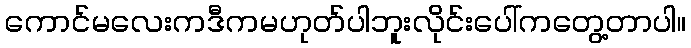
ကောင်မလေးကဒီကမဟုတ်ပါဘူးလိုင်းပေါ်ကတွေ့တာပါ။